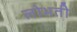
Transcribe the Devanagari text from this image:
लोभती